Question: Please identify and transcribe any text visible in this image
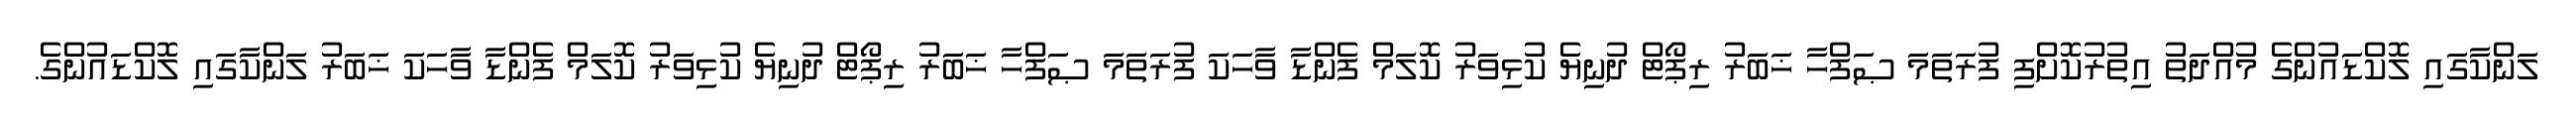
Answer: ލަންކާގައި ލޮކްޑައުންގެ މުއްދަތު އިތުރުކޮށްފި ފުރަތަމަ ޞަފްހާ ޚަބަރު ރިޕޯޓް ދުނިޔެ ކުޅިވަރު ކޮލަމް ފެންޑާ ވާހަކަ ފުރަތަމަ ޞަފްހާ ޚަބަރު ރިޕޯޓް ދުނިޔެ ކުޅިވަރު ކޮލަމް ފެންޑާ ވާހަކަ ޚަބަރު ލަންކާގައި ލޮކްޑައުންގެ.